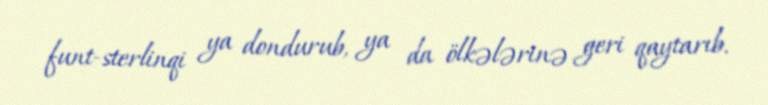
funt-sterlinqi ya dondurub, ya da ölkələrinə geri qaytarıb.